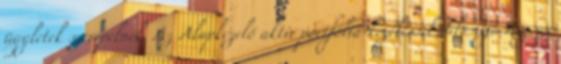
ügyletek szerepelnek. Az Alapkezelő aktív portfólió-kezeléssel valósítja meg az